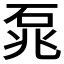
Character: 𮵐